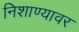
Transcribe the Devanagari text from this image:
निशाण्यावर